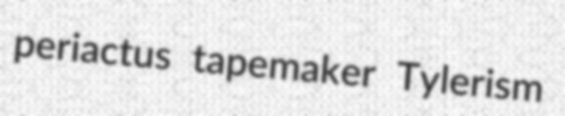
periactus tapemaker Tylerism